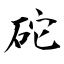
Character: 砣